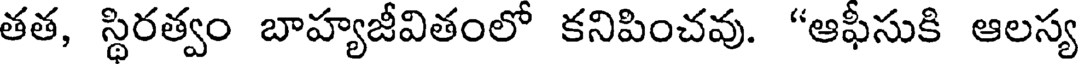
తత, స్థిరత్వం బాహ్యజీవితంలో కనిపించవు. "ఆఫీసుకి ఆలస్య